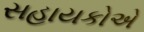
સહાયકોએ